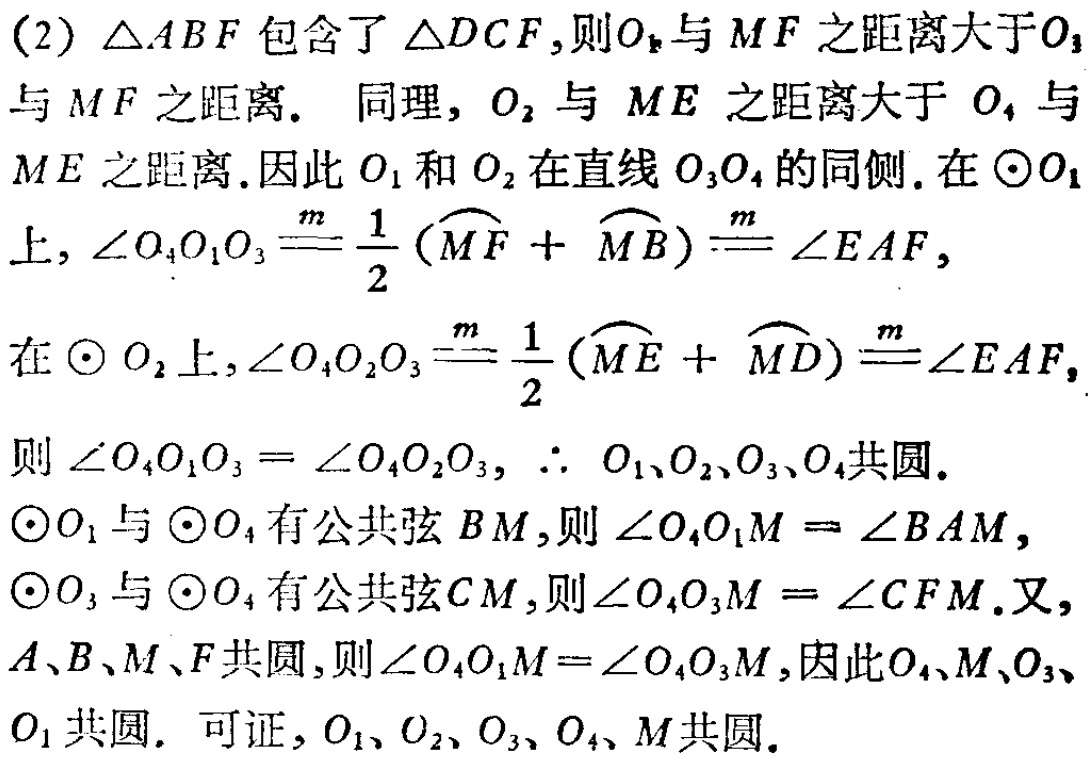
(2) $\triangle ABF$ 包含了 $\triangle DCF$, 则 $O_{1}$ 与 $MF$ 之距离大于 $O_{3}$ 与 $MF$ 之距离. 同理, $O_{2}$ 与 $ME$ 之距离大于 $O_{4}$ 与 $ME$ 之距离. 因此 $O_{1}$ 和 $O_{2}$ 在直线 $O_{3}O_{4}$ 的同侧. 在 $\odot O_{1}$ 上, $\angle O_{4}O_{1}O_{3}\overset{m}{=}\frac{1}{2}(\overset{\frown}{MF}+\overset{\frown}{MB})\overset{m}{=}\angle EAF$, 在 $\odot O_{2}$ 上, $\angle O_{4}O_{2}O_{3}\overset{m}{=}\frac{1}{2}(\overset{\frown}{ME}+\overset{\frown}{MD})\overset{m}{=}\angle EAF$, 则 $\angle O_{4}O_{1}O_{3}=\angle O_{4}O_{2}O_{3}$, $\therefore O_{1}、O_{2}、O_{3}、O_{4}$ 共圆. $\odot O_{1}$ 与 $\odot O_{4}$ 有公共弦 $BM$, 则 $\angle O_{4}O_{1}M = \angle BAM$, $\odot O_{3}$ 与 $\odot O_{4}$ 有公共弦 $CM$, 则 $\angle O_{4}O_{3}M = \angle CFM$. 又, $A、B、M、F$ 共圆, 则 $\angle O_{4}O_{1}M=\angle O_{4}O_{3}M$, 因此 $O_{4}、M、O_{3}、O_{1}$ 共圆. 可证, $O_{1}、O_{2}、O_{3}、O_{4}、M$ 共圆.